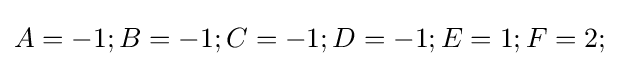
A=-1;B=-1;C=-1;D=-1;E=1;F=2;